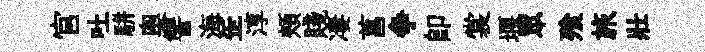
官吐駢奥讐海𦈢淳頰賤凄菖争卽裳堰眾飱旅壯